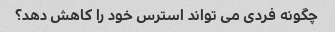
چگونه فردی می تواند استرس خود را کاهش دهد؟